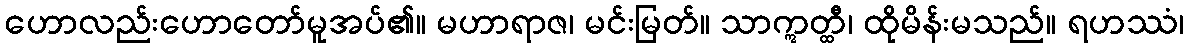
ဟောလည်းဟောတော်မူအပ်၏။ မဟာရာဇ၊ မင်းမြတ်။ သာဣတ္ထီ၊ ထိုမိန်းမသည်။ ရဟဿံ၊